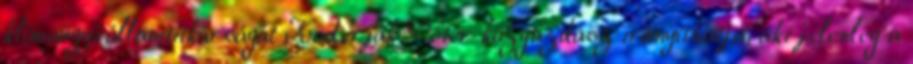
klímaügyi államtitkárságát Kaderják Péter közgazdász irányíthatja, aki jelenleg a